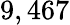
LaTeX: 9,467